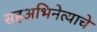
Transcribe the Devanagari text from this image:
सहअभिनेत्याचे